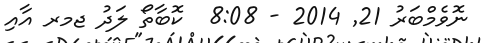
ނޮވެމްބަރު 21